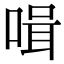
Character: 𠶻